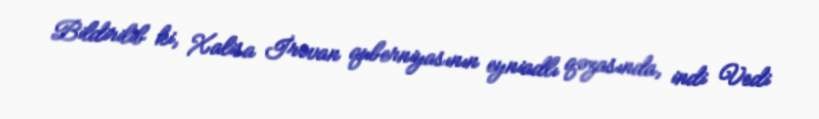
Bildirilib ki, Xalisa İrəvan quberniyasının eyniadlı qəzasında, indi Vedi